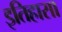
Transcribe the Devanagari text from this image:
इतिहासा